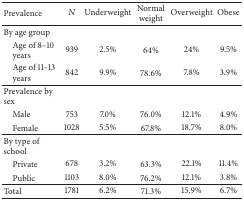
<table><thead><tr><td><b>Prevalence </b></td><td><b><i>N</i></b></td><td><b>Underweight</b></td><td><b>Normal weight</b></td><td><b>Overweight</b></td><td><b>Obese</b></td></tr></thead><tbody><tr><td>By age group </td><td> </td><td> </td><td> </td><td> </td><td> </td></tr><tr><td> Age of 8–10 years</td><td>939</td><td>2.5%</td><td>64%</td><td>24%</td><td>9.5%</td></tr><tr><td> Age of 11–13 years</td><td>842</td><td>9.9%</td><td>78.6%</td><td>7.8%</td><td>3.9%</td></tr><tr><td>Prevalence by sex</td><td> </td><td> </td><td> </td><td> </td><td> </td></tr><tr><td> Male </td><td>753</td><td>7.0%</td><td>76.0%</td><td>12.1%</td><td>4.9%</td></tr><tr><td> Female </td><td>1028</td><td>5.5%</td><td>67.8%</td><td>18.7%</td><td>8.0%</td></tr><tr><td>By type of school </td><td> </td><td> </td><td> </td><td> </td><td> </td></tr><tr><td> Private </td><td>678</td><td>3.2%</td><td>63.3%</td><td>22.1%</td><td>11.4%</td></tr><tr><td> Public </td><td>1103</td><td>8.0%</td><td>76.2%</td><td>12.1%</td><td>3.8%</td></tr><tr><td>Total</td><td>1781</td><td>6.2%</td><td>71.3%</td><td>15.9%</td><td>6.7%</td></tr></tbody></table>